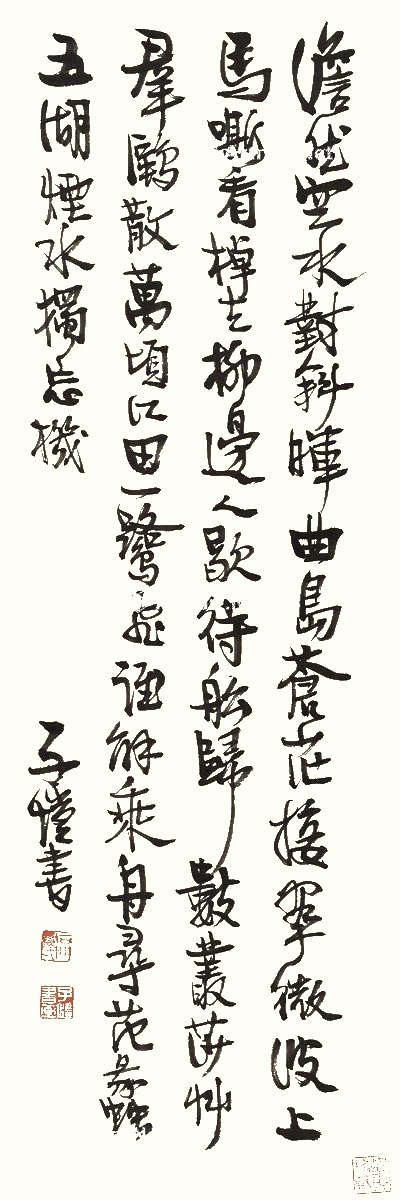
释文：澹然空水对斜晖，曲岛苍茫接翠微。波上马嘶看棹去，柳边人歇待舷归。数丛莎草群鸥散，万顷江田一鹭飞。谁能乘舟寻范蠡，五湖烟水独望机。子恺书。